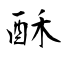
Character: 酥